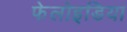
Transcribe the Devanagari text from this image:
फेलोइडिया